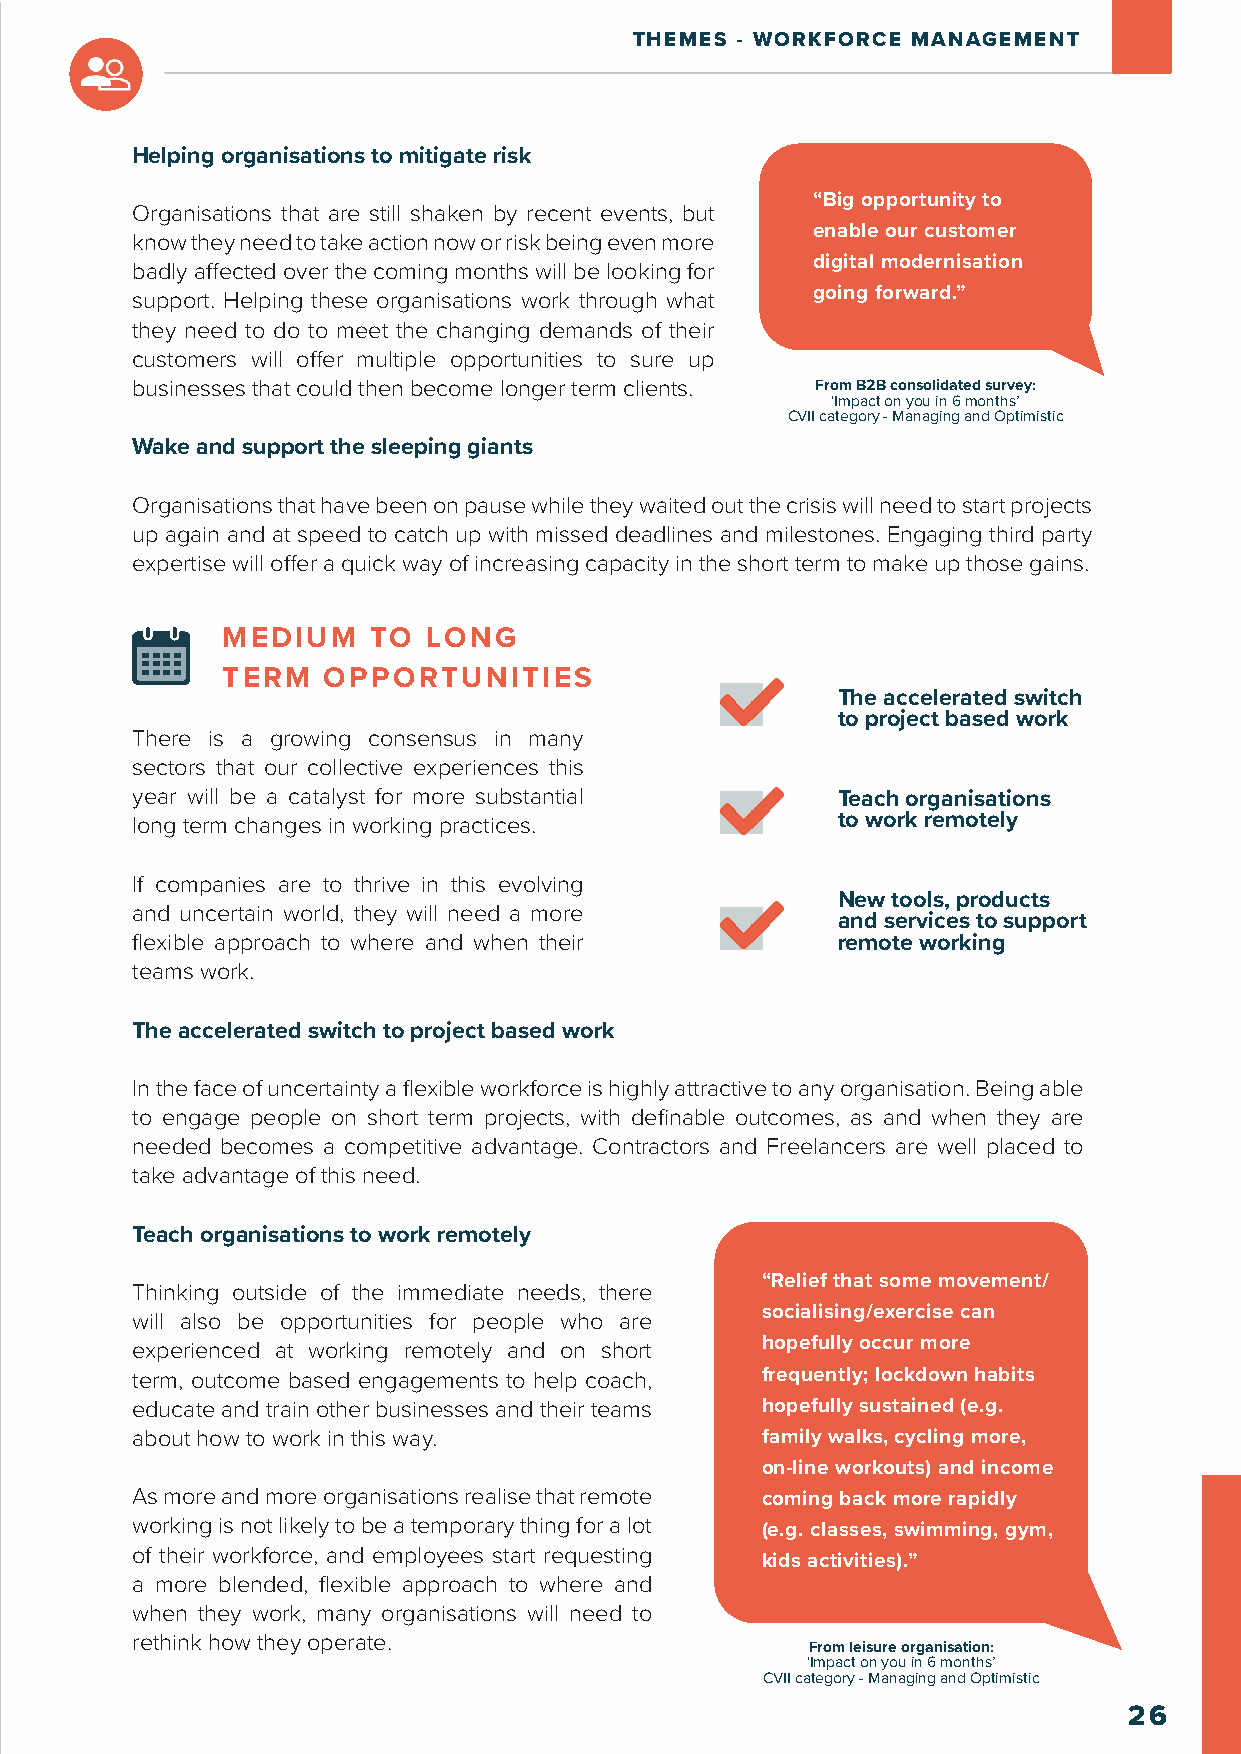
THEMES - WORKFORCE MANAGEMENT
 Helping organisations to mitigate risk
 “Big opportunity to
 Organisations that are still shaken by recent events, but
 enable our customer
 know they need to take action now or risk being even more
 digital modernisation
 badly affected over the coming months will be looking for
 support. Helping these organisations work through what going forward.”
 they need to do to meet the changing demands of their
 customers will offer multiple opportunities to sure up
 businesses that could then become longer term clients. From B2B consolidated survey:
 ‘Impact on you in 6 months’
 CVII category - Managing and Optimistic
 Wake and support the sleeping giants
 Organisations that have been on pause while they waited out the crisis will need to start projects
 up again and at speed to catch up with missed deadlines and milestones. Engaging third party
 expertise will offer a quick way of increasing capacity in the short term to make up those gains.
 MEDIUM    TO LONG
 TERM  OPPORTUNITIES
 The accelerated switch
 to project based work
 There is a growing consensus in many
 sectors that our collective experiences this
 year will be a catalyst for more substantial  Teach organisations
 long term changes in working practices.       to work remotely
 If companies are to thrive in this evolving
 New tools, products
 and uncertain world, they will need a more
 and services to support
 flexible approach to where and when their     remote working
 teams work.
 The accelerated switch to project based work
 In the face of uncertainty a flexible workforce is highly attractive to any organisation. Being able
 to engage people on short term projects, with definable outcomes, as and when they are
 needed becomes a competitive advantage. Contractors and Freelancers are well placed to
 take advantage of this need.
 Teach organisations to work remotely
 “Relief that some movement/
 Thinking outside of the immediate needs, there
 socialising/exercise can
 will also be opportunities for people who are
 experienced at working remotely and on short hopefully occur more
 term, outcome based engagements to help coach, frequently; lockdown habits
 educate and train other businesses and their teams hopefully sustained (e.g.
 about how to work in this way.           family walks, cycling more,
 on-line workouts) and income
 As more and more organisations realise that remote coming back more rapidly
 working is not likely to be a temporary thing for a lot (e.g. classes, swimming, gym,
 of their workforce, and employees start requesting
 kids activities).”
 a more blended, flexible approach to where and
 when they work, many organisations will need to
 rethink how they operate.
 From leisure organisation:
 ‘Impact on you in 6 months’
 CVII category - Managing and Optimistic
 26